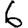
Digit: 6